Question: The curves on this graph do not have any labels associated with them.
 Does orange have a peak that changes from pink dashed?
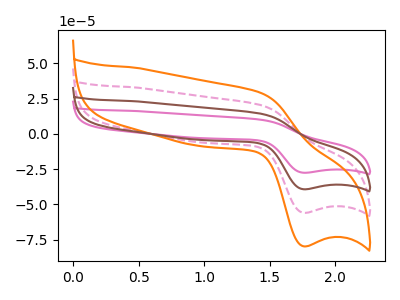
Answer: <think>The pink curve "pink" has an anodic peak at (1.45V, 61.15uA) and a cathodic peak at (1.75V, -167.70uA). The pink dashed curve "pink dashed" has an anodic peak at (1.45V, 20.40uA) and a cathodic peak at (1.75V, -55.90uA). The orange curve "orange" has an anodic peak at (1.45V, 29.05uA) and a cathodic peak at (1.75V, -79.65uA). The brown curve "brown" has an anodic peak at (1.45V, 40.75uA) and a cathodic peak at (1.75V, -111.80uA).
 All the peaks in "orange" have a peak in "pink dashed" at the same potential. Every peak in "orange" is higher than every peak in "pink dashed".</think>
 <answer>No, "orange" and "pink dashed" don't appear to be significantly different in shape</answer>
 <eval>no_change</eval>